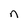
Character: n